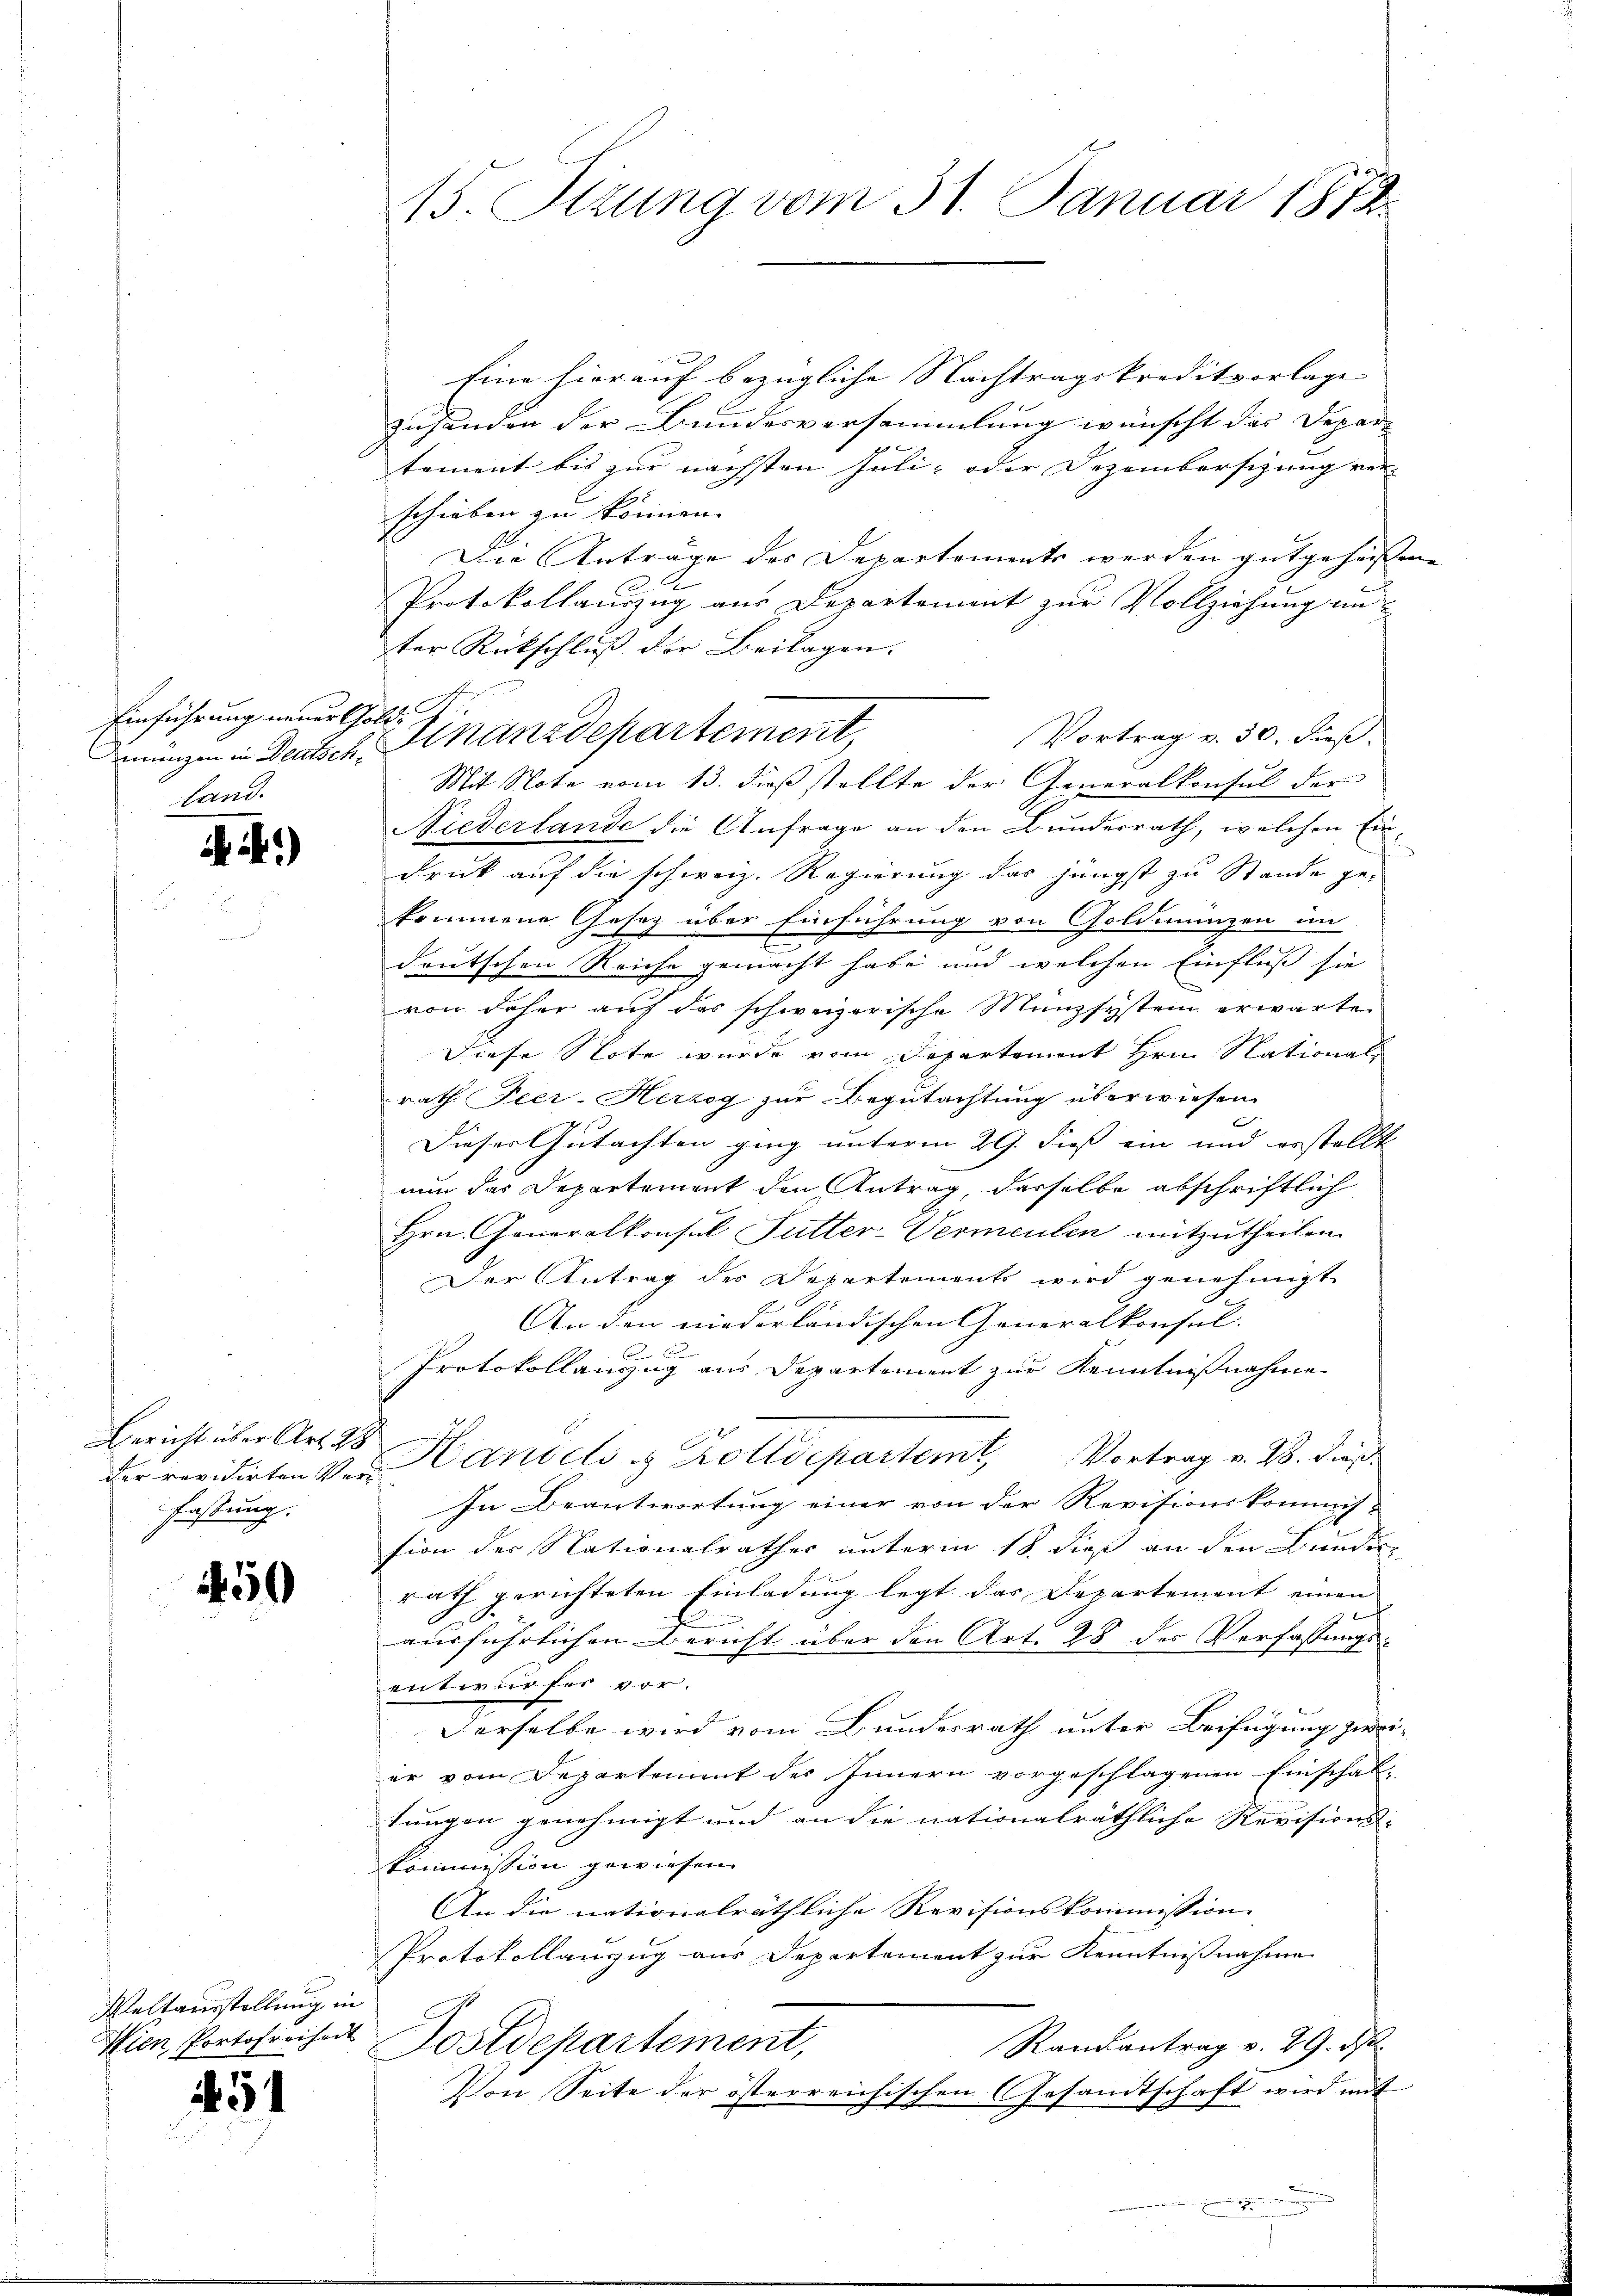
Einführung neuer Gold.
land.

.)

Gericht über Art. 28
fassung.

450

Weltausstellung in
Wien, Portofreiheit

451

Eine hierauf bezügliche Nachtragskreditvorlage |
zusenden der Bundesversammlung wünscht das Depar
tement bis zur nächsten Juli- oder Dezembersizung ver-
schieben zu können.
E
Die Anträge des Departements werden gutgeheißene
Protokollauszug aus Departement zur Vollziehung an-
ter Rückschluß der Beilagen.
Vortrag v. 30. dieß.
münzen in Deutsch. Sinanzdepartement,
Mit Note vom 13. dieß stellte der Generalkonsul der
Niederlande die Anfrage an den Bundesrath, welchen Ein¬
Druck auf die schweiz. Regierung das jüngst zu Stande ge-
kommene Gesetz über Einführung von Goldmünzen im
deutschen Reiche gemacht habe und welchen Einfluß sie
von daher auf der schweizerische Münzsystem erwarte
Diese Note wurde vom Departement Hrn. National
rath Peer- Herzog zur Begutachtung überwiesen.
Dieser Gutachten ging unterm 29. dieß ein und erstellt
nun das Departement den Antrag, dasselbe abschriftlich
Hrn. Generalkonsul Futter-Vermeulen mitzutheilen.
Der Antrag des Departements wird genehmigt
An den niederländischen Generalkonsul- |
.
Protokollanzug aus Departement zur Kenntnißnahme
der revidirten Ver- Handels & Zolldepartemt, Vortrag v. 28. dieß
In Beantwortung einer von der Revisionskommis-
sion der Nationalrathes unterm 18. dieß an den Bunden
rath gerichteten Einladung legt das Departement einen
.
ausführlichen Bericht über den Art. 28 des Verfassungsentwurfes vor.
Derselbe wird vom Bundesrath unter Beifügung zweier vom Departement des Innern vorgeschlagenen Einschal-
tungen genehmigt und an die nationalräthliche Revisions-
kommission gewiesen.
An die nationalräthliche Revisionskommission
Protokollauszug aus Departement zur Kenntnissnahme
Postdepartement,
Randantrag v. 29. ds.
Von Seite der österreichischen Gesandtschaft wird mit

15. Stzung vom 31. Januar 1812.